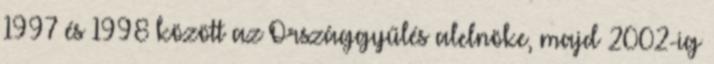
1997 és 1998 között az Országgyűlés alelnöke, majd 2002-ig